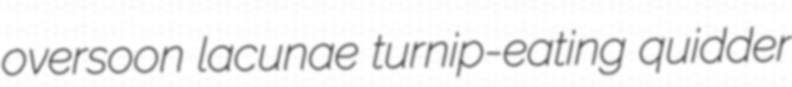
oversoon lacunae turnip-eating quidder